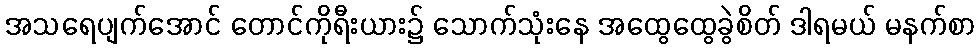
အသရေပျက်အောင် တောင်ကိုရီးယား၌ သောက်သုံးနေ အထွေထွေခွဲစိတ် ဒါရမယ် မနက်စာ